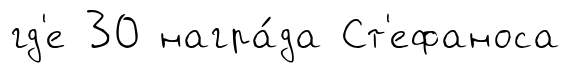
гд'е 30 награ́да Ст'ефаноса